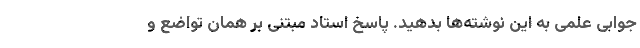
جوابی علمی به این نوشته‌ها بدهید. پاسخ استاد مبتنی بر همان تواضع و